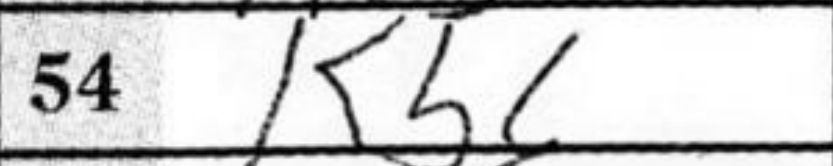
Transcription: Kb6